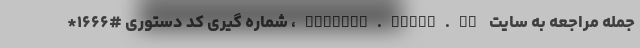
جمله مراجعه به سایت medical.tamin.ir، شماره گیری کد دستوری #۱۶۶۶*